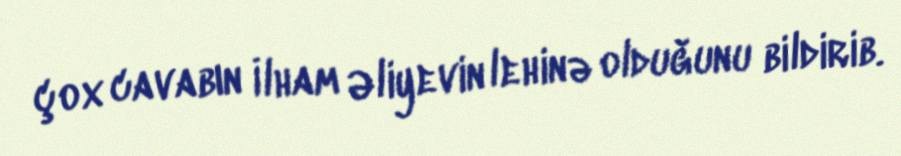
çox cavabın İlham Əliyevin lehinə olduğunu bildirib.